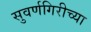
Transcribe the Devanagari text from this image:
सुवर्णगिरीच्या